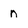
Character: n